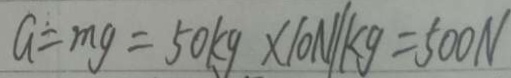
G = m g = 5 0 k g \times 1 0 N / k g = 5 0 0 N